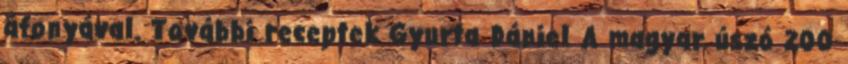
áfonyával. További receptek Gyurta Dániel A magyar úszó 200